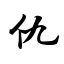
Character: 仇